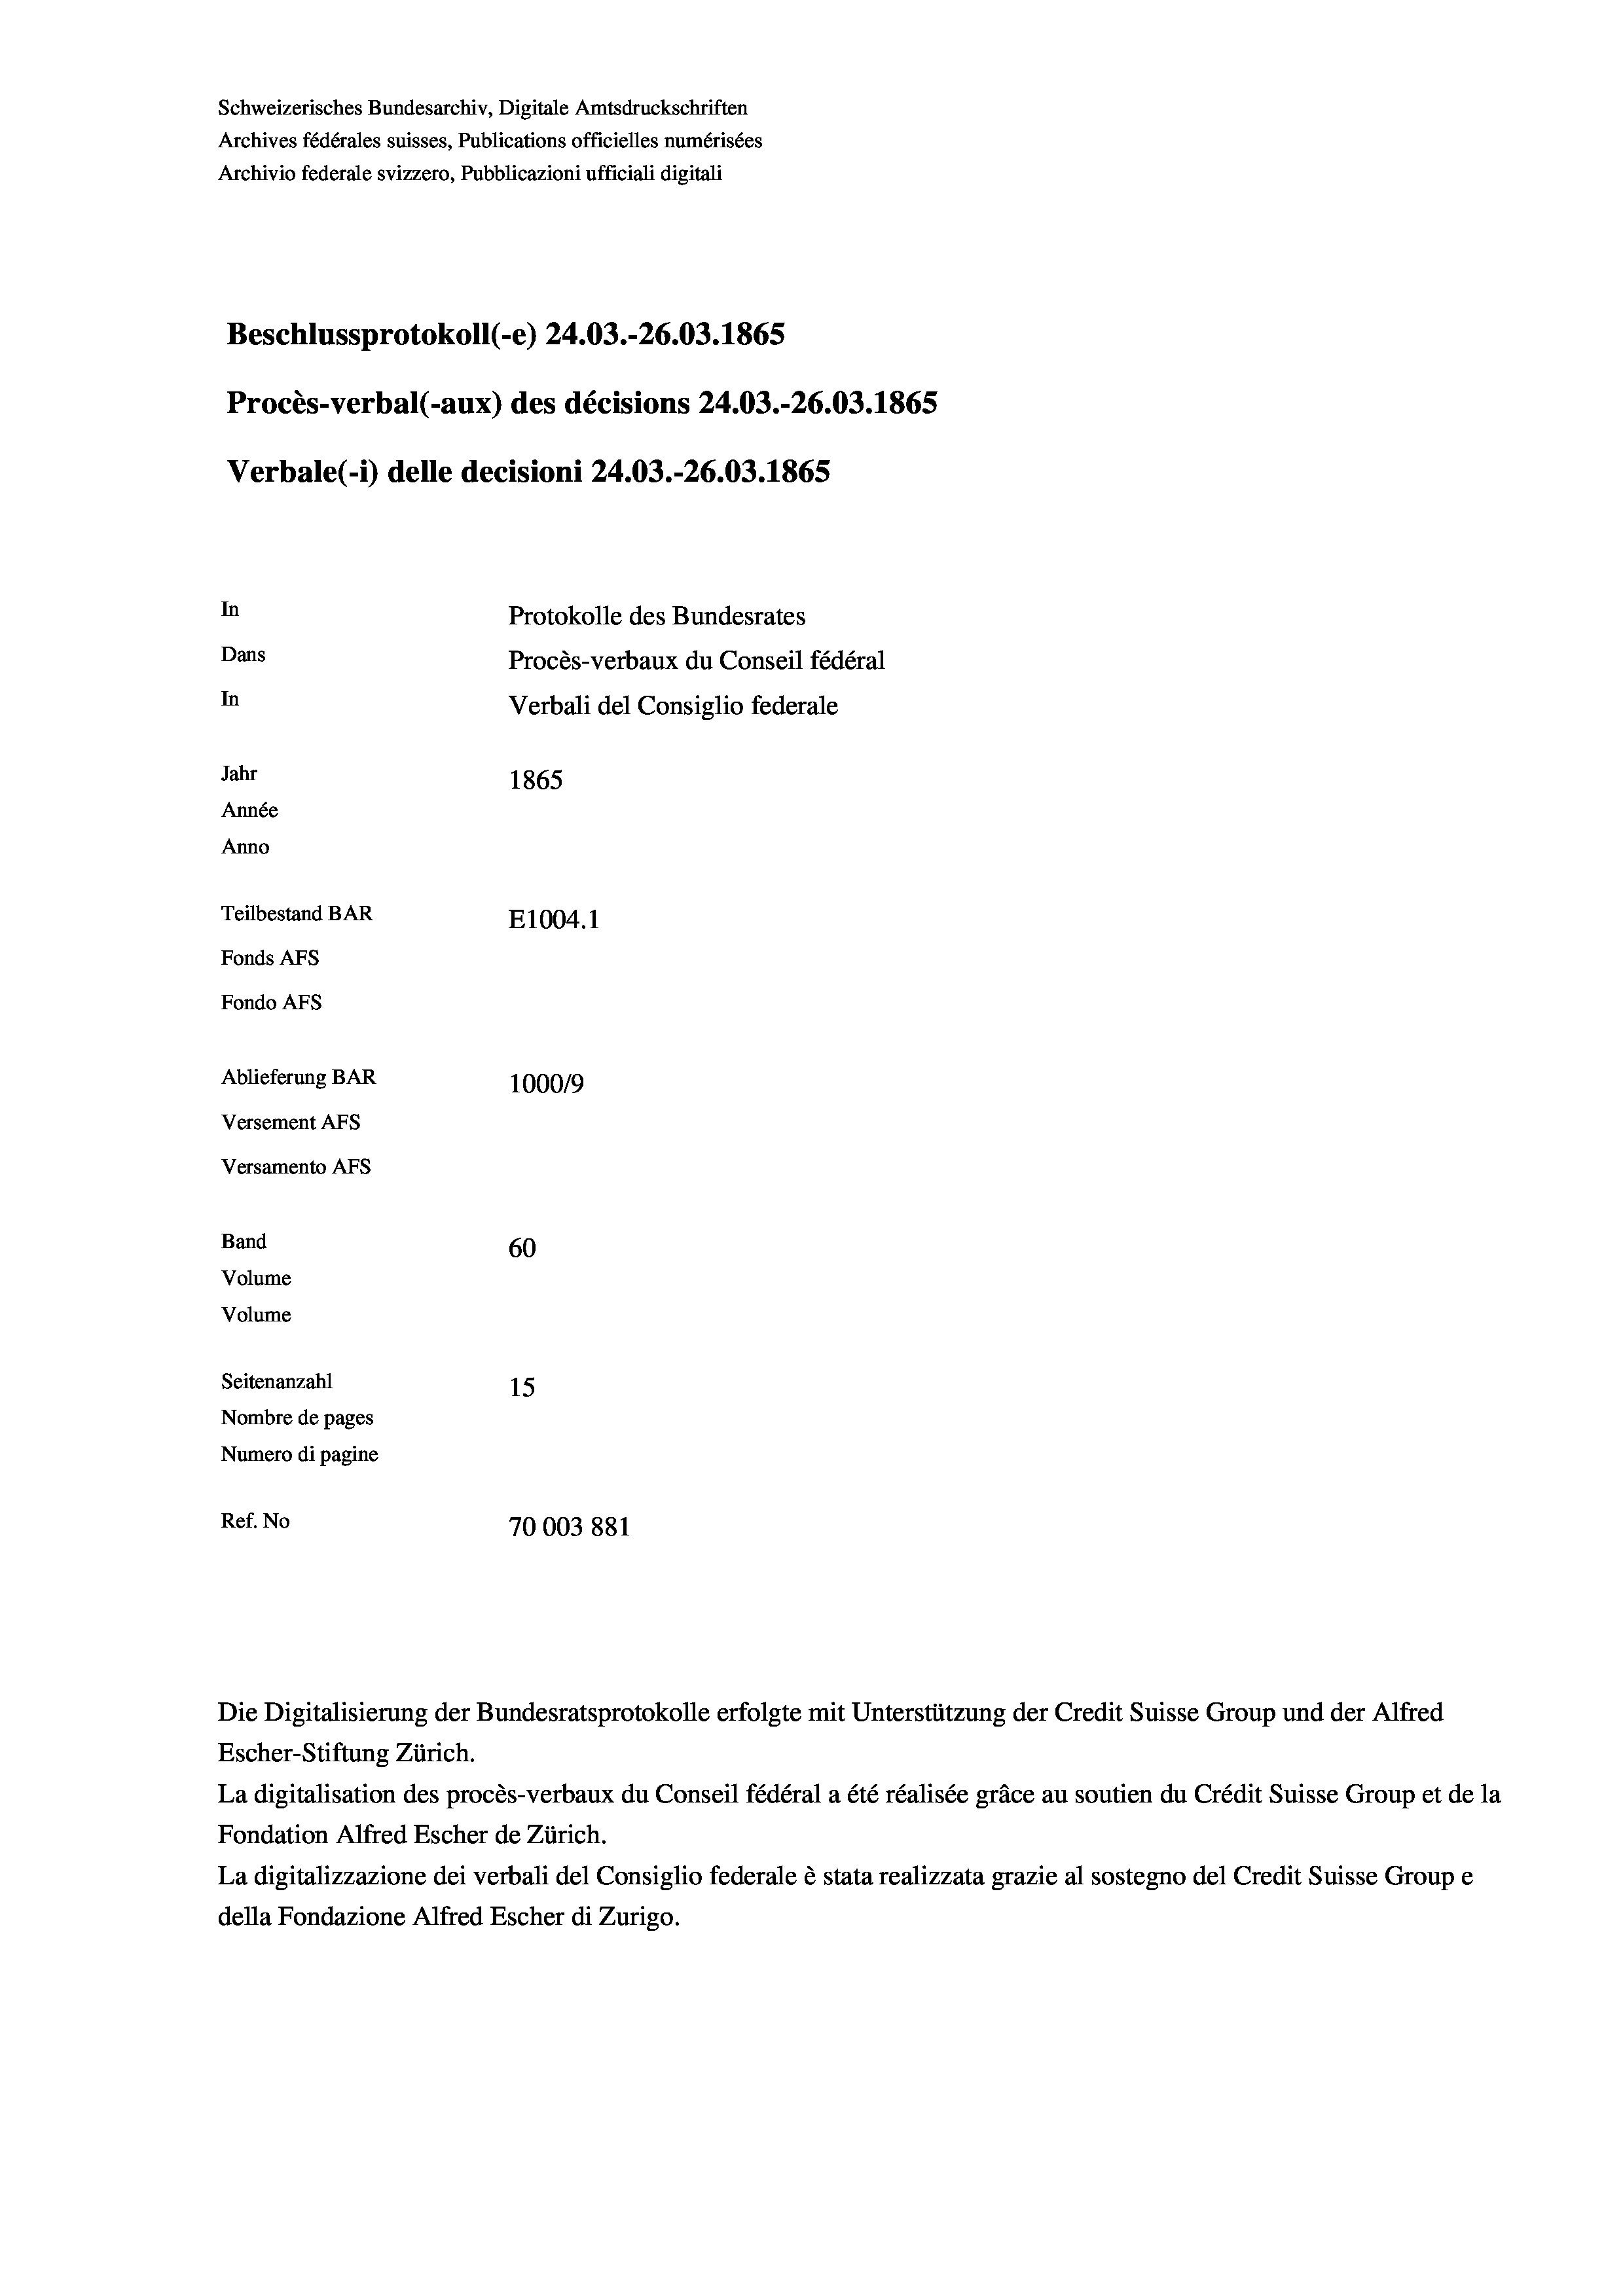
Schweizerisches Bundesarchiv, Digitale Amtsdruckschriften
Archives fédérales suisses, Publications officielles numérisées
Archivio federale svizzero, Pubblicazioni ufficiali digitali
Beschlussprotokoll (-e) 24.03.-26.03. 1865
Procès-verbal (-aux) des décisions 24.03.-26.03. 1865
Verbale(-*) delle decisioni 24.03.-26.03. 1865
In
Protokolle des Bundesrates
Dans
Procès-verbaux du Conseil fédéral
In
Verbali del Consiglio federale
Jahr
1865
Année
Anno
Teilbestand BAR
E1004. 1
Fonds AFs
Fondo AFS
Ablieferung BAR
1000/9
Versement AFs
Versamento Afs
Band
60
Volume
Volume
Seitenanzahl
15
Nombre de pages
Numero di pagine
Ref. No
70003 881

Escher-Stiftung Zürich.
La digitalisation des procès-verbaux du Conseil fédéral a été réalisée gräce au soutien du Crédit Suisse Group et de la
Fondation Alfred Escher de Zürich.
La digitalizzazione dei verbali del Consiglio federale è stata realizzata grazie al sostegno del Credit Suisse Groupe
della Fondazione Alfred Escher di Zurigo.

Die Digitalisierung der Bundesratsprotokolle erfolgte mit Unterstützung der Credit Suisse Group und der Alfred